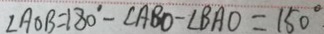
\angle A O B = 1 8 0 ^ { \circ } - \angle A B O - \angle B A O = 1 5 0 ^ { \circ }